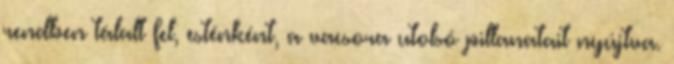
rendben tálalt fel, esténként, a vacsora utolsó pillanatait nyújtva.